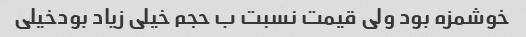
خوشمزه بود ولی قیمت نسبت ب حجم خیلی زیاد بودخیلی